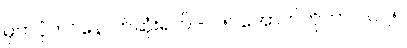
မှတ်ပုံတင်နောက်ဆုံးရက် - ၂၅ အောက်တိုဘာ ၂၀၂၅